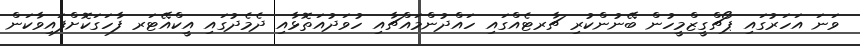
ވަނަ އަހަރުގައި ޕޯޗްގީޒްމީހުން ބޭނުންކުރި ޗާރޓެއްގައި ހައްދުންމައްޗާއި ހުވަދުއަތޮޅާއި ދެމެދުގައި އީކްއޭޓަރ ފާހަގަކޮށްފައިވާކަން